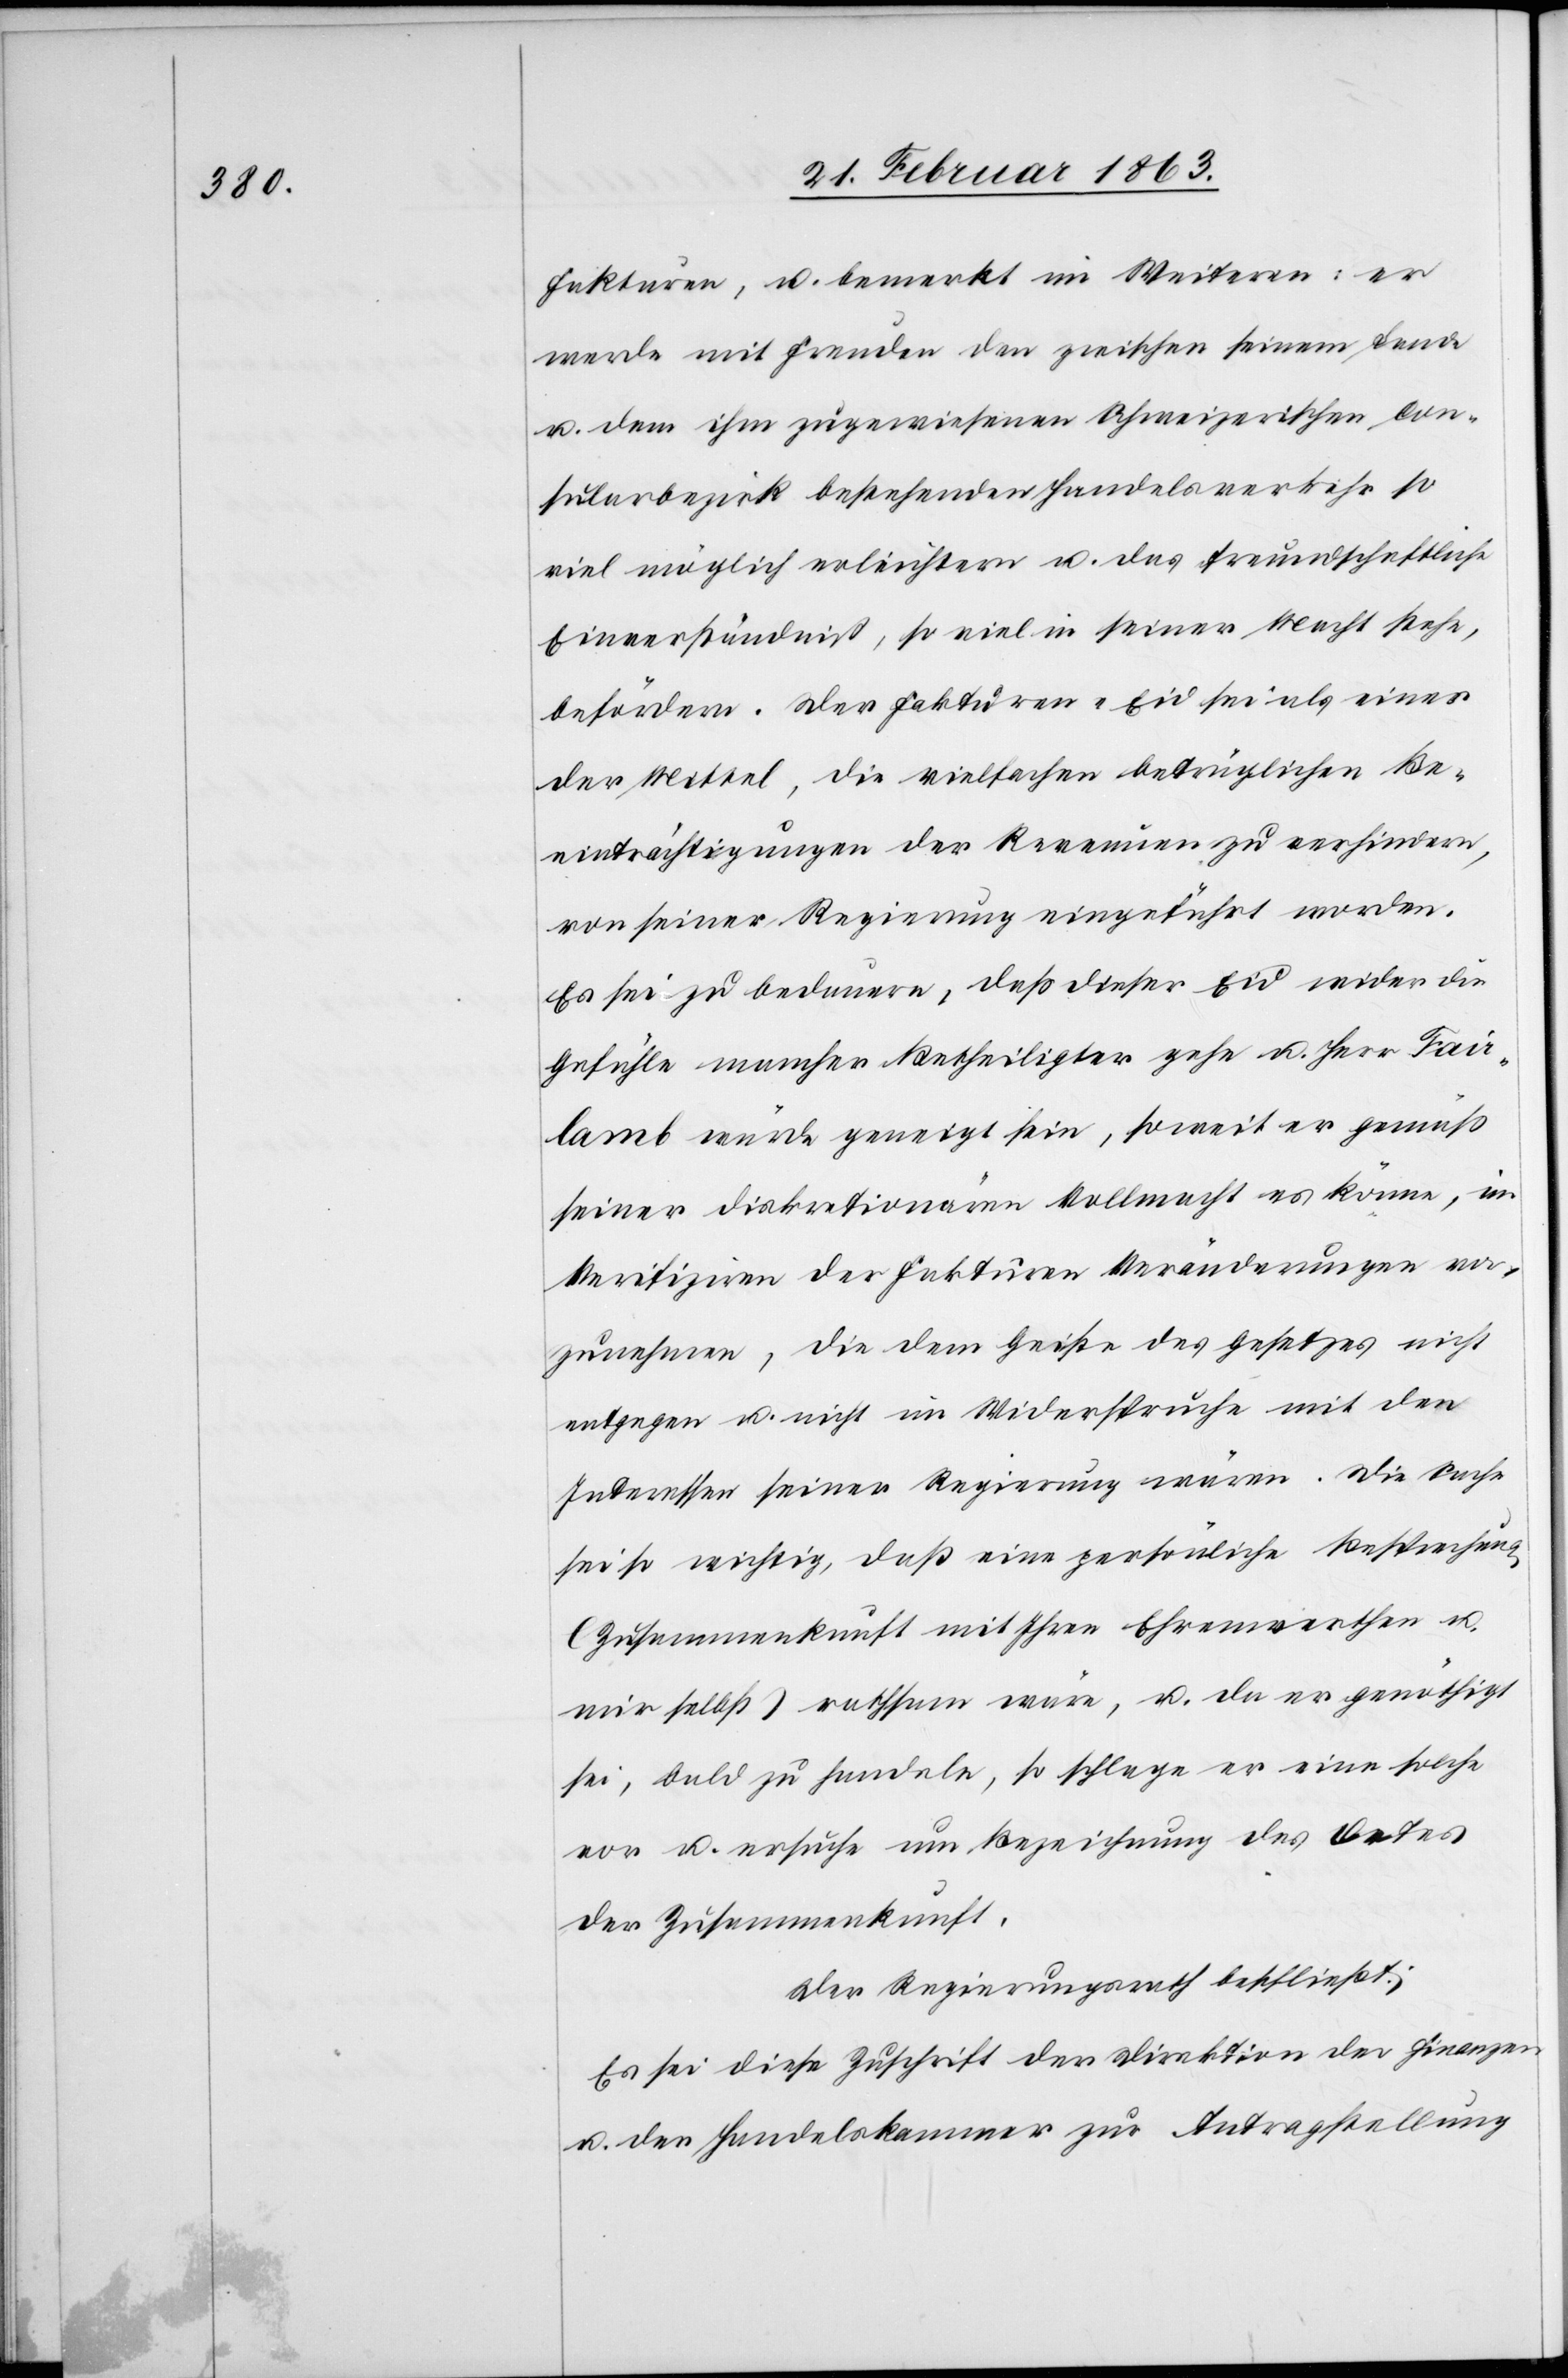
Fakturen, u. bemerkt im Weiteren: er
werde mit Freuden den zwischen seinem Lande
u. dem ihm zugewiesenen Schweizerischen Con¬
sularbezirk bestehenden Handelsverkehr so
viel möglich erleichtern u. das freundschaftliche
Einverständniß, so viel in seiner Macht stehe,
befördern. Der Fakturen-Eid sei als einer
der Mittel, die vielfachen betrüglichen Be¬
einträchtigungen der Revenuen zu verhindern,
von seiner Regierung eingeführt worden.
Es sei zu bedauern, daß dieser Eid wider die
Gefühle mancher Betheiligter gehe u. Herr Fair¬
lamb würde geneigt sein, soweit er gemäß
seiner diskretionären Vollmacht es könne, im
Verifiziren der Fakturen Veränderungen vor¬
zunehmen, die dem Geiste des Gesetzes nicht
entgegen u. nicht im Widerspruche mit den
Interessen seiner Regierung wären. Die Sache
sei so wichtig, daß eine persönliche Besprechung
(Zusammenkunft mit Ihren Ehrenwerthen u.
mir selbst) rathsam wäre, u. da er genöthigt
sei, bald zu handeln, so schlage er eine solche
vor u. ersuche um Bezeichnung des Ortes
der Zusammenkunft.
Der Regierungsrath beschließt:
Es sei diese Zuschrift der Direktion der Finanzen
u. der Handelskammer zur Antragstellung